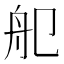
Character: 𦨌